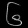
Digit: ၆